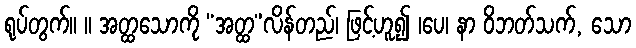
ရုပ်တွက်။ ။ အတ္ထသောကို “အတ္ထ”လိန်တည်၊ ဖြင့်ဟူ၍ ၊ပေ၊ နာ ဝိဘတ်သက်, သော